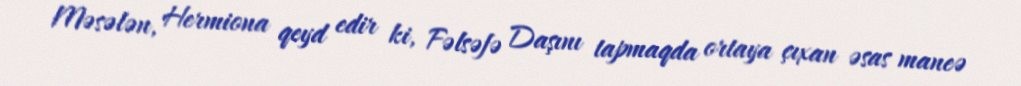
Məsələn, Hermiona qeyd edir ki, Fəlsəfə Daşını tapmaqda ortaya çıxan əsas maneə